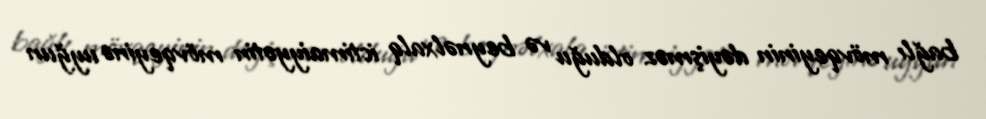
bağlı mövqeyinin dəyişməz olduğu və beynəlxalq ictimaiyyətin mövqeyinə uyğun